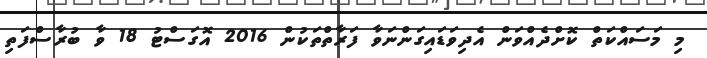
މި މަސައްކަތް ކޮށްދެއްވަން އެދިވަޑައިގަންނަވާ ފަރާތްތަކުން 2016 އޮގަސްޓު 18 ވާ ބުރާސްފަތި